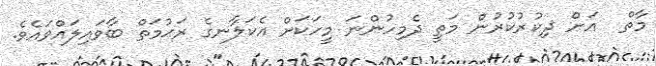
މާތް  އަށް ޛިކުރުކުރުން މަތީ ދެމިހުންނަ މީހަކަށް އެކަލާނގެ ރަޙުމަތް ބާވައިލައްވައެވެ.